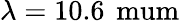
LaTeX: \lambda=10.6\, \mathrm{\ mum}